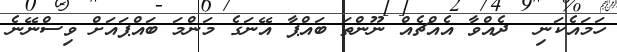
ހަމައެކަނި  ދެއްވާ އެއްޗެއް ނޫންތަ ބައްޕާ އޭނަގެ މަންމަ ބައްޕައަށް ވިސްނޭނެ